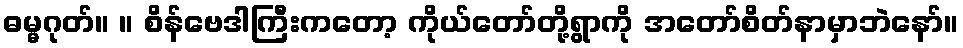
ဓမ္မဂုတ်။ ။ စိန်ဗေဒါကြီးကတော့ ကိုယ်တော်တို့ရွာကို အတော်စိတ်နာမှာဘဲနော်။